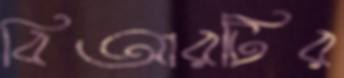
বিআরটির